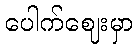
ပေါက်ဈေးမှာ